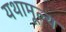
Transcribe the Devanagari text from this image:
यथामूल्य